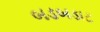
બડબડાટ